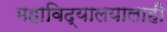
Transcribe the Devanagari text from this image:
महाविद्यालयालाही